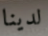
لدينا